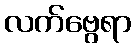
လက်ဗွေရာ